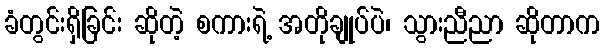
ခံတွင်းရှိခြင်း ဆိုတဲ့ စကားရဲ့ အတိုချုပ်ပဲ၊ သွားညီညာ ဆိုတာက